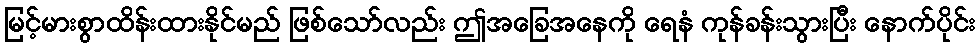
မြင့်မားစွာထိန်းထားနိုင်မည် ဖြစ်သော်လည်း ဤအခြေအနေကို ရေနံ ကုန်ခန်းသွားပြီး နောက်ပိုင်း